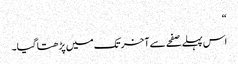
“
اس پہلے صفحے سے آخر تک میں پڑھتا گیا۔